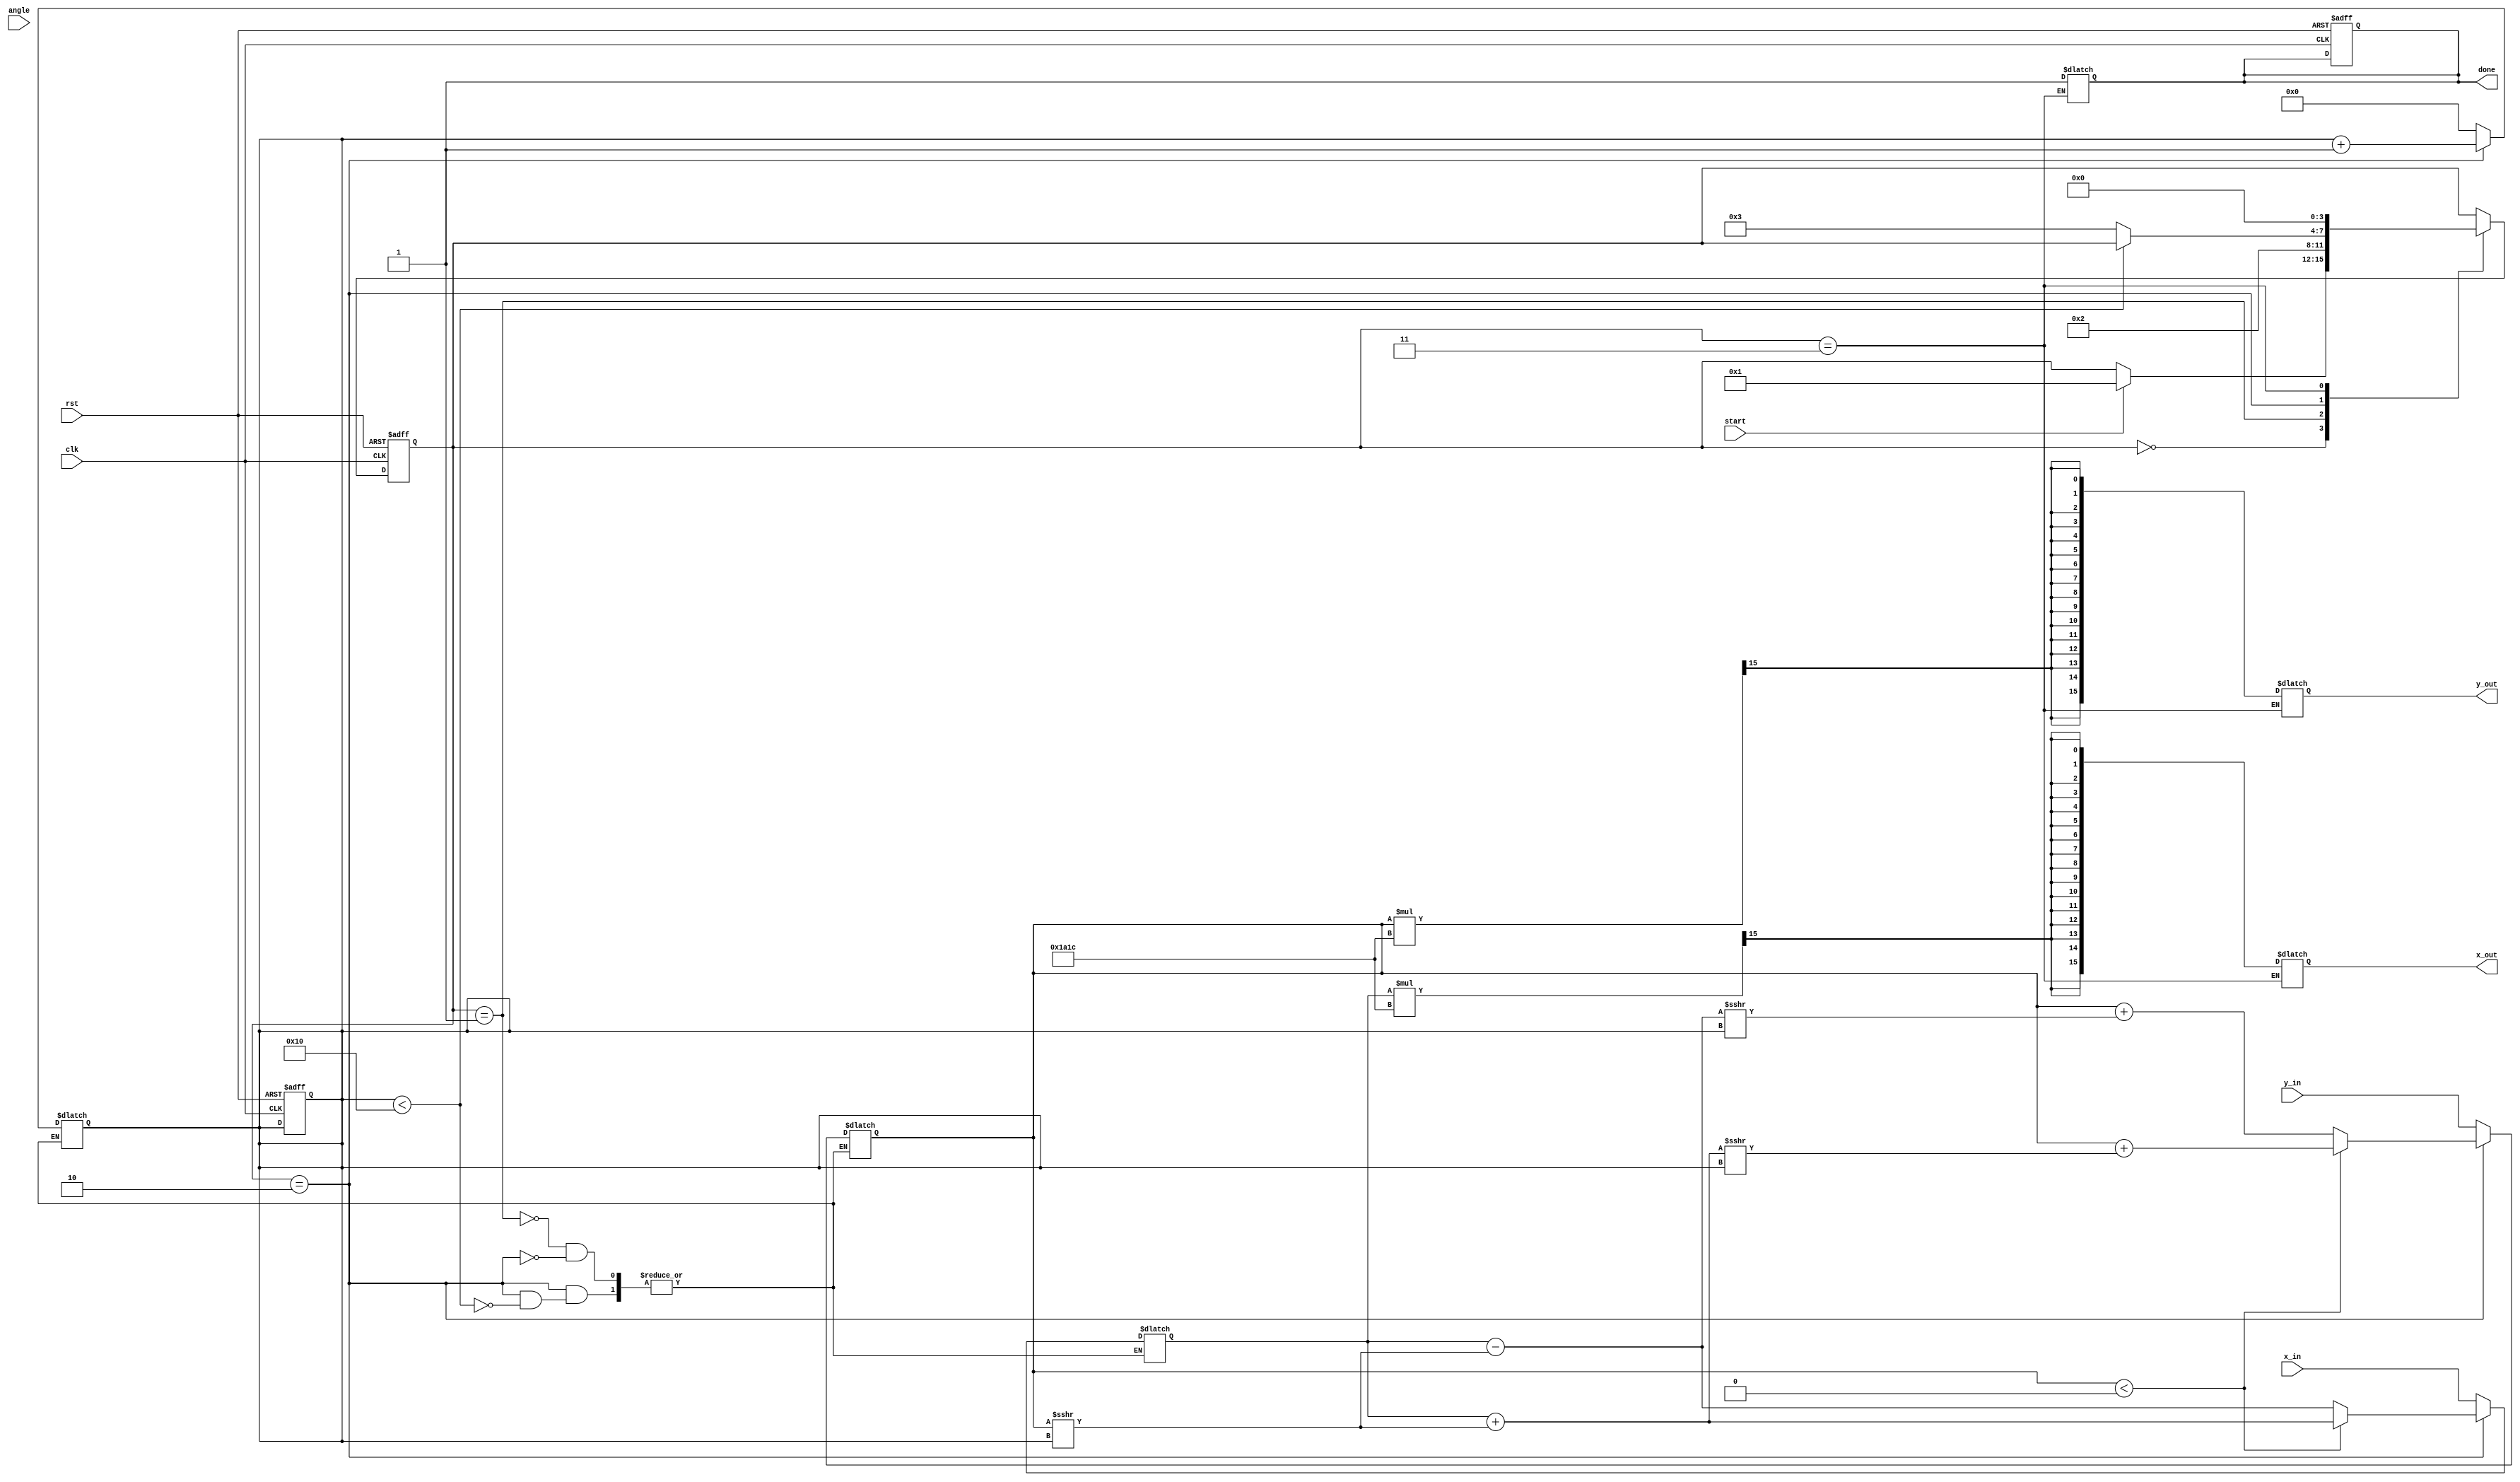
module modified_cordic #(
    parameter WIDTH = 16,         // Bit-width for fixed-point representation
    parameter ITERATIONS = 16     // Number of iterations for CORDIC
)(
    input wire clk,               // Clock signal
    input wire rst,               // Reset signal
    input wire start,             // Control signal to initiate operation
    input wire signed [WIDTH-1:0] x_in, // Input x coordinate
    input wire signed [WIDTH-1:0] y_in, // Input y coordinate
    input wire signed [WIDTH-1:0] angle, // Input angle in radians
    output reg signed [WIDTH-1:0] x_out, // Output x coordinate
    output reg signed [WIDTH-1:0] y_out, // Output y coordinate
    output reg done               // Status signal indicating completion
);

    // Internal signals
    reg [3:0] state, next_state;  // FSM state
    reg [4:0] iteration;           // Iteration counter
    reg signed [WIDTH-1:0] x, y;   // Internal x, y registers
    reg signed [WIDTH-1:0] angle_rom [0:ITERATIONS-1]; // Lookup table for arctan values
    reg signed [WIDTH-1:0] scaling_factor; // Scaling factor for final output

    // State encoding
    localparam IDLE = 0, INIT = 1, ITERATE = 2, FINISH = 3;

    // Initialize the arctan lookup table
    initial begin
        angle_rom[0] = 16'h26DB; // atan(1/1) in Q1.15 format
        angle_rom[1] = 16'h1C71; // atan(1/2) in Q1.15 format
        angle_rom[2] = 16'h0F12; // atan(1/4) in Q1.15 format
        // Add more values as needed...
    end

    // Scaling factor for CORDIC gain
    initial begin
        scaling_factor = 16'h1A1C; // Example scaling factor
    end

    // FSM for CORDIC control
    always @(posedge clk or posedge rst) begin
        if (rst) begin
            state <= IDLE;
            iteration <= 0;
            done <= 0;
        end else begin
            state <= next_state;
        end
    end

    // State transitions and output logic
    always @(*) begin
        next_state = state;
        case (state)
            IDLE: begin
                if (start) begin
                    next_state = INIT;
                end
            end
            INIT: begin
                x = x_in;
                y = y_in;
                iteration = 0;
                next_state = ITERATE;
            end
            ITERATE: begin
                if (iteration < ITERATIONS) begin
                    // CORDIC rotation equations
                    if (y < 0) begin
                        x = x + (y >>> iteration);
                        y = y + (x >>> iteration);
                    end else begin
                        x = x - (y >>> iteration);
                        y = y + (x >>> iteration);
                    end
                    iteration = iteration + 1;
                end else begin
                    next_state = FINISH;
                end
            end
            FINISH: begin
                x_out = x * scaling_factor >>> 15; // Apply scaling
                y_out = y * scaling_factor >>> 15; // Apply scaling
                done = 1;
                next_state = IDLE; // Go back to IDLE
            end
        endcase
    end
endmodule